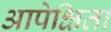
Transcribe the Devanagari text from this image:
आपेक्षिता